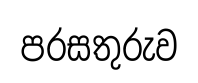
පරසතුරුව